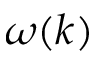
\omega ( k )